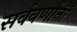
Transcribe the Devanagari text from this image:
सर्ववर्णानां